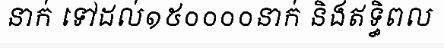
នាក់ ទៅដល់១៥០០០០នាក់ និងឥទ្ធិពល